Report of the Municipal Commissioner on the plague in Bombay for the year ending 31st May... - Volume 2
Disease focus: Plague
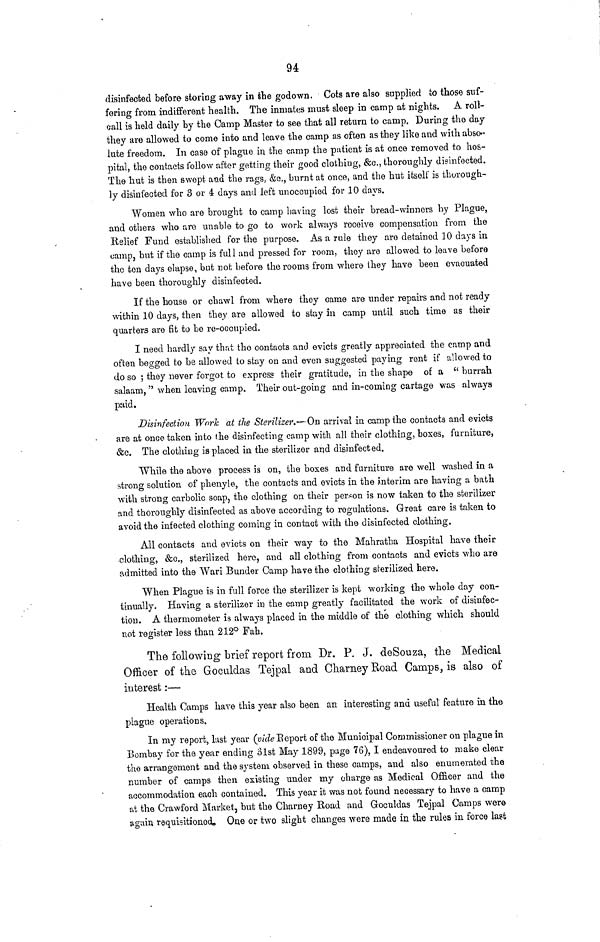
94
disinfected before storing away in the godown. Cots are also supplied to those suf-
fering from indifferent health. The inmates must sleep in camp at nights. A roll-
call is held daily by the Camp Master to see that all return to camp. During the day
they are allowed to come into and leave the camp as often as they like and with abso·'
lute freedom. In case of plague in the camp the patient is at once removed to hos-
pital, the contacts follow after getting their good clothing, &c., thoroughly disinfected.
The hut is then swept and the rags, &o. } burnt at once, and the hut itself is thorough-
ly disinfected for 3 or 4 days and left unoccupied for 10 days.
Women who are brought to camp having lost their bread-winners by Plague,
and others who are unable to go to work always receive compensation from the
Relief Fund established for the purpose. As a rule they are detained 10 days in
camp, but if the camp is full and pressed for room, they are allowed to leave before
the ten days elapse, but not before the rooms from where they have been evacuated
have been thoroughly disinfected.
If the house or chawl from where they came are under repairs and not ready
within 10 days, then they are allowed to stay in camp until such time as their
quarters are fit to be re-occupied.
I need hardly say that the contacts and evicts greatly appreciated the camp and
often begged to be allowed to stay on and even suggested paying rent if allowed to
do so ; they never forgot to express their gratitude, in the shape of a " hurrah
salaam," when leaving camp. Their out-going and in-coming cartage was always
paid.
Disinfection Work at the Sterilizer.— On arrival in camp the contacts and evicts
are at once taken into the disinfecting camp with all their clothing, boxes, furniture,
&c. The clothing is placed in the sterilizer and disinfected.
While the above process is on, the boxes and furniture are well washed in a
strong solution of phenyle, the contacts and evicts in the interim are having a bath
with strong carbolic soap, the clothing on their person is now taken to the sterilizer
and thoroughly disinfected as above according to regulations. Great care is taken to
avoid the infected clothing coming in contact with the disinfected clothing.
All contacts and evicts on their way to the Mahratha Hospital have their
clothing, &c., sterilized here, and all clothing from contacts and evicts who are
admitted into the Wari Bunder Camp have the clothing sterilized here.
When Plague is in full force the sterilizer is kept working the whole day con-
tinually. Having a sterilizer in the camp greatly facilitated the work of disinfec-
tion. A thermometer is always placed in the middle of the clothing which should
not register less than 212° Fah.
The following brief report from Dr. P. J. deSouza, the Medical
Officer of the Goculdas Tejpal and Charney Road Camps, is also of
interest:—
Health Camps have this year also been an interesting and useful feature in the
plague operations.
In my report, last year (vide Report of the Municipal Commissioner on plague in
Bombay for the year ending 81st May 1899, page 76), I endeavoured to make clear
the arrangement and the system observed in these camps, and also enumerated the
number of camps then existing under my charge as Medical Officer and the
accommodation each contained. This year it was not found necessary to have a camp
at the Crawford Market, but the Charney Road and Goculdas Tejpal Camps were
aguin requisitioned» One or two slight changes were made in the rules in force last